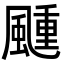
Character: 𬱴